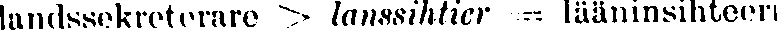
landssekreterare > lanssihtier = lääninsihteeri